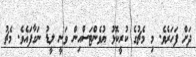
ދަށް ފަހަރެވެ. މި މެޗުގެ ކުރީކޮޅު ޔުވެންޓަސްއިން ވަނީ ލީޑު ނަގާފައެވެ. މެޗު